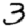
Digit: 3